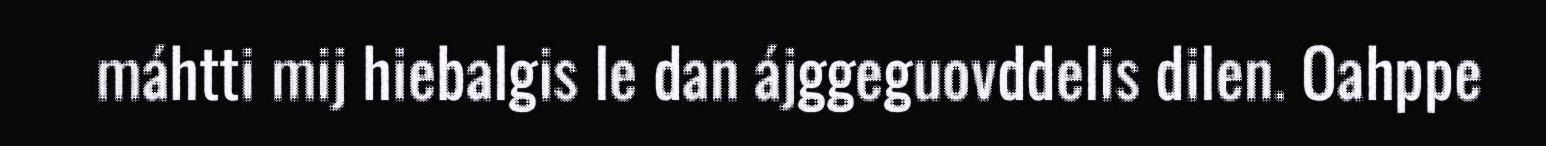
máhtti mij hiebalgis le dan ájggeguovddelis dilen. Oahppe